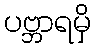
ပဗ္ဘာရမှိ